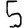
Digit: 5